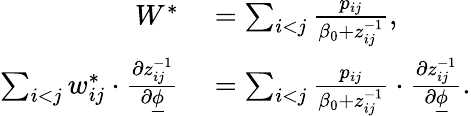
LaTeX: \begin{array}{rl}{W^{*}}&{{}=\sum_{i<j}\frac{p_{ij}}{\beta_{0}+z_{ij}^{-1}},}\\ {\sum_{i<j}w_{ij}^{*}\cdot\frac{\partial z_{ij}^{-1}}{\partial\underline{{\phi}}}}&{{}=\sum_{i<j}\frac{p_{ij}}{\beta_{0}+z_{ij}^{-1}}\cdot\frac{\partial z_{ij}^{-1}}{\partial\underline{{\phi}}}.}\end{array}